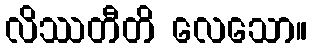
လိဿတီတိ လေသော။